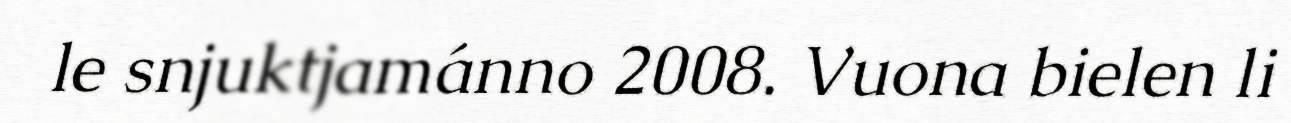
le snjuktjamánno 2008. Vuona bielen li